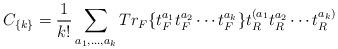
LaTeX: \begin{align*}C_{\{k\}} = {1\over{k!}}\sum_{a_1,\dots,a_k} Tr_F \{ t^{a_1}_F t^{a_2}_F \cdots t^{a_k}_F \} t^{(a_1}_R t^{a_2}_R \cdots t^{a_k)}_R \end{align*}